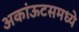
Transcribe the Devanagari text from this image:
अकांऊटसमध्ये